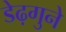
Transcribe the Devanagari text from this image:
डेढ़गुने